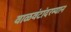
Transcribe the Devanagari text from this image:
वाळवंटांदरम्यान